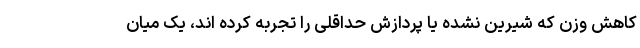
کاهش وزن که شیرین نشده یا پردازش حداقلی را تجربه کرده اند، یک میان